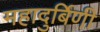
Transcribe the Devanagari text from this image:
महादुर्बिणी